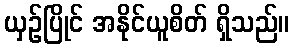
ယှဉ်ပြိုင် အနိုင်ယူစိတ် ရှိသည်။